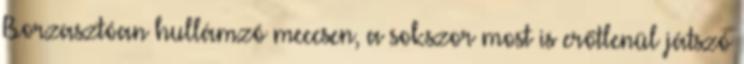
Borzasztóan hullámzó meccsen, a sokszor most is erőtlenül játszó